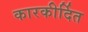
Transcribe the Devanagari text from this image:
कारकीर्दित